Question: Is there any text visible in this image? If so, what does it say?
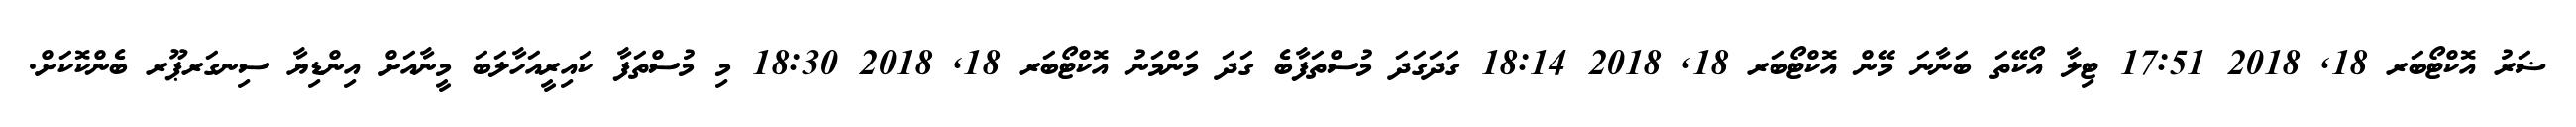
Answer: ޟަރު އޮކްޓޯބަރ 18, 2018 17:51 ޓިލާ އޯކޭތަ ބަނާނަ މޭން އޮކްޓޯބަރ 18, 2018 18:14 ގަދަގަދަ މުސްތަފާބެ ގަދަ މަންމަނު އޮކްޓޯބަރ 18, 2018 18:30 މި މުސްތަފާ ކައިރީއަހާލަބަ މީނާއަށް އިންޑިޔާ ސިނގަރޕޫރ ބެންކޮކަށް.